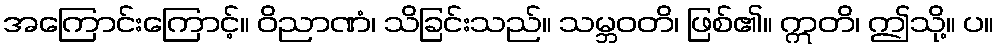
အကြောင်းကြောင့်။ ဝိညာဏံ၊ သိခြင်းသည်။ သမ္ဘဝတိ၊ ဖြစ်၏။ ဣတိ၊ ဤသို့။ ပ။